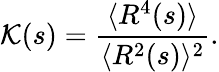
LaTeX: {\cal K}(s)=\frac{\langle R^{4}(s)\rangle}{\langle R^{2}(s)\rangle^{2}}.